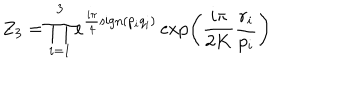
LaTeX: Z _ { 3 } = \prod _ { i = 1 } ^ { 3 } e ^ { \frac { i \pi } { 4 } \mathrm { s i g n } ( p _ { i } q _ { i } ) } \exp \left( \frac { i \pi } { 2 K } \frac { r _ { i } } { p _ { i } } \right)